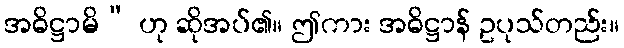
အဓိဋ္ဌာမိ” ဟု ဆိုအပ်၏။ ဤကား အဓိဋ္ဌာန် ဥပုသ်တည်း။